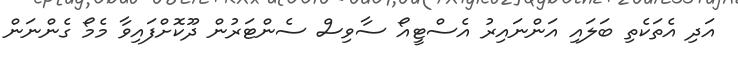
އަދި އެތަކެތި ބަލައި އަންނައިރު އެސްޓީއޯ ސާވިސް ސެންޓަރުން ދޫކޮށްފައިވާ މެމޯ ގެންނަން